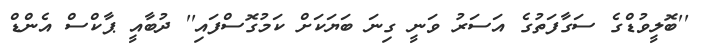
''ބޮލީވުޑްގެ ސަގާފަތުގެ އަސަރު ވަނީ ގިނަ ބަޔަކަށް ކަމުގޮސްފައި'' ދުބާއީ ޕާކްސް އެންޑް